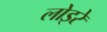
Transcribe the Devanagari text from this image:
लोइरे